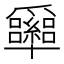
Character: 𰠉